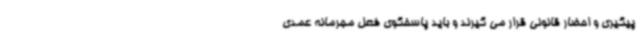
پیگیری و احضار قانونی قرار می گیرند و باید پاسخگوی فعل مجرمانه عمدی